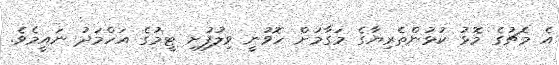
އެ މެޗުގެ މޮޅު ކުޅުންތެރިޔާގެ މަގާމަށް ހޮވުނީ ވިލުފުށި ޓީމުގެ އަހްމަދު ނައީމެވެ.